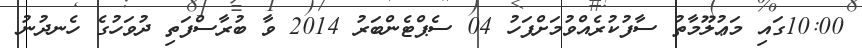
10:00ގައި މަޢުލޫމާތު ސާފުކުރެއްވުމަށްފަހު 04 ސެޕްޓެންބަރު 2014 ވާ ބުރާސްފަތި ދުވަހުގެ ހެނދުނު